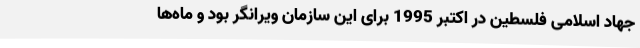
جهاد اسلامی فلسطین در اکتبر 1995 برای این سازمان ویرانگر بود و ماه‌ها